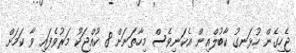
ޖެހިގެން ހުޅަނގު ކާބުލްއިން އެކަނިވެސް މިހާތަނަށް 8 ކުއްޖަކު މަރުވެފައި ވާ ކަމަށް